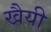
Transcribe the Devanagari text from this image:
खैयी